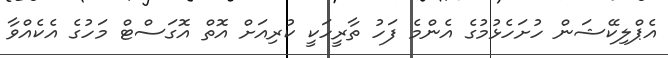
އެޕްލިކޭޝަން ހުށަހެޅުމުގެ އެންމެ ފަހު ތާރީހަކީ ކުރިއަށް އޮތް އޮގަސްޓް މަހުގެ އެކެއްވާ